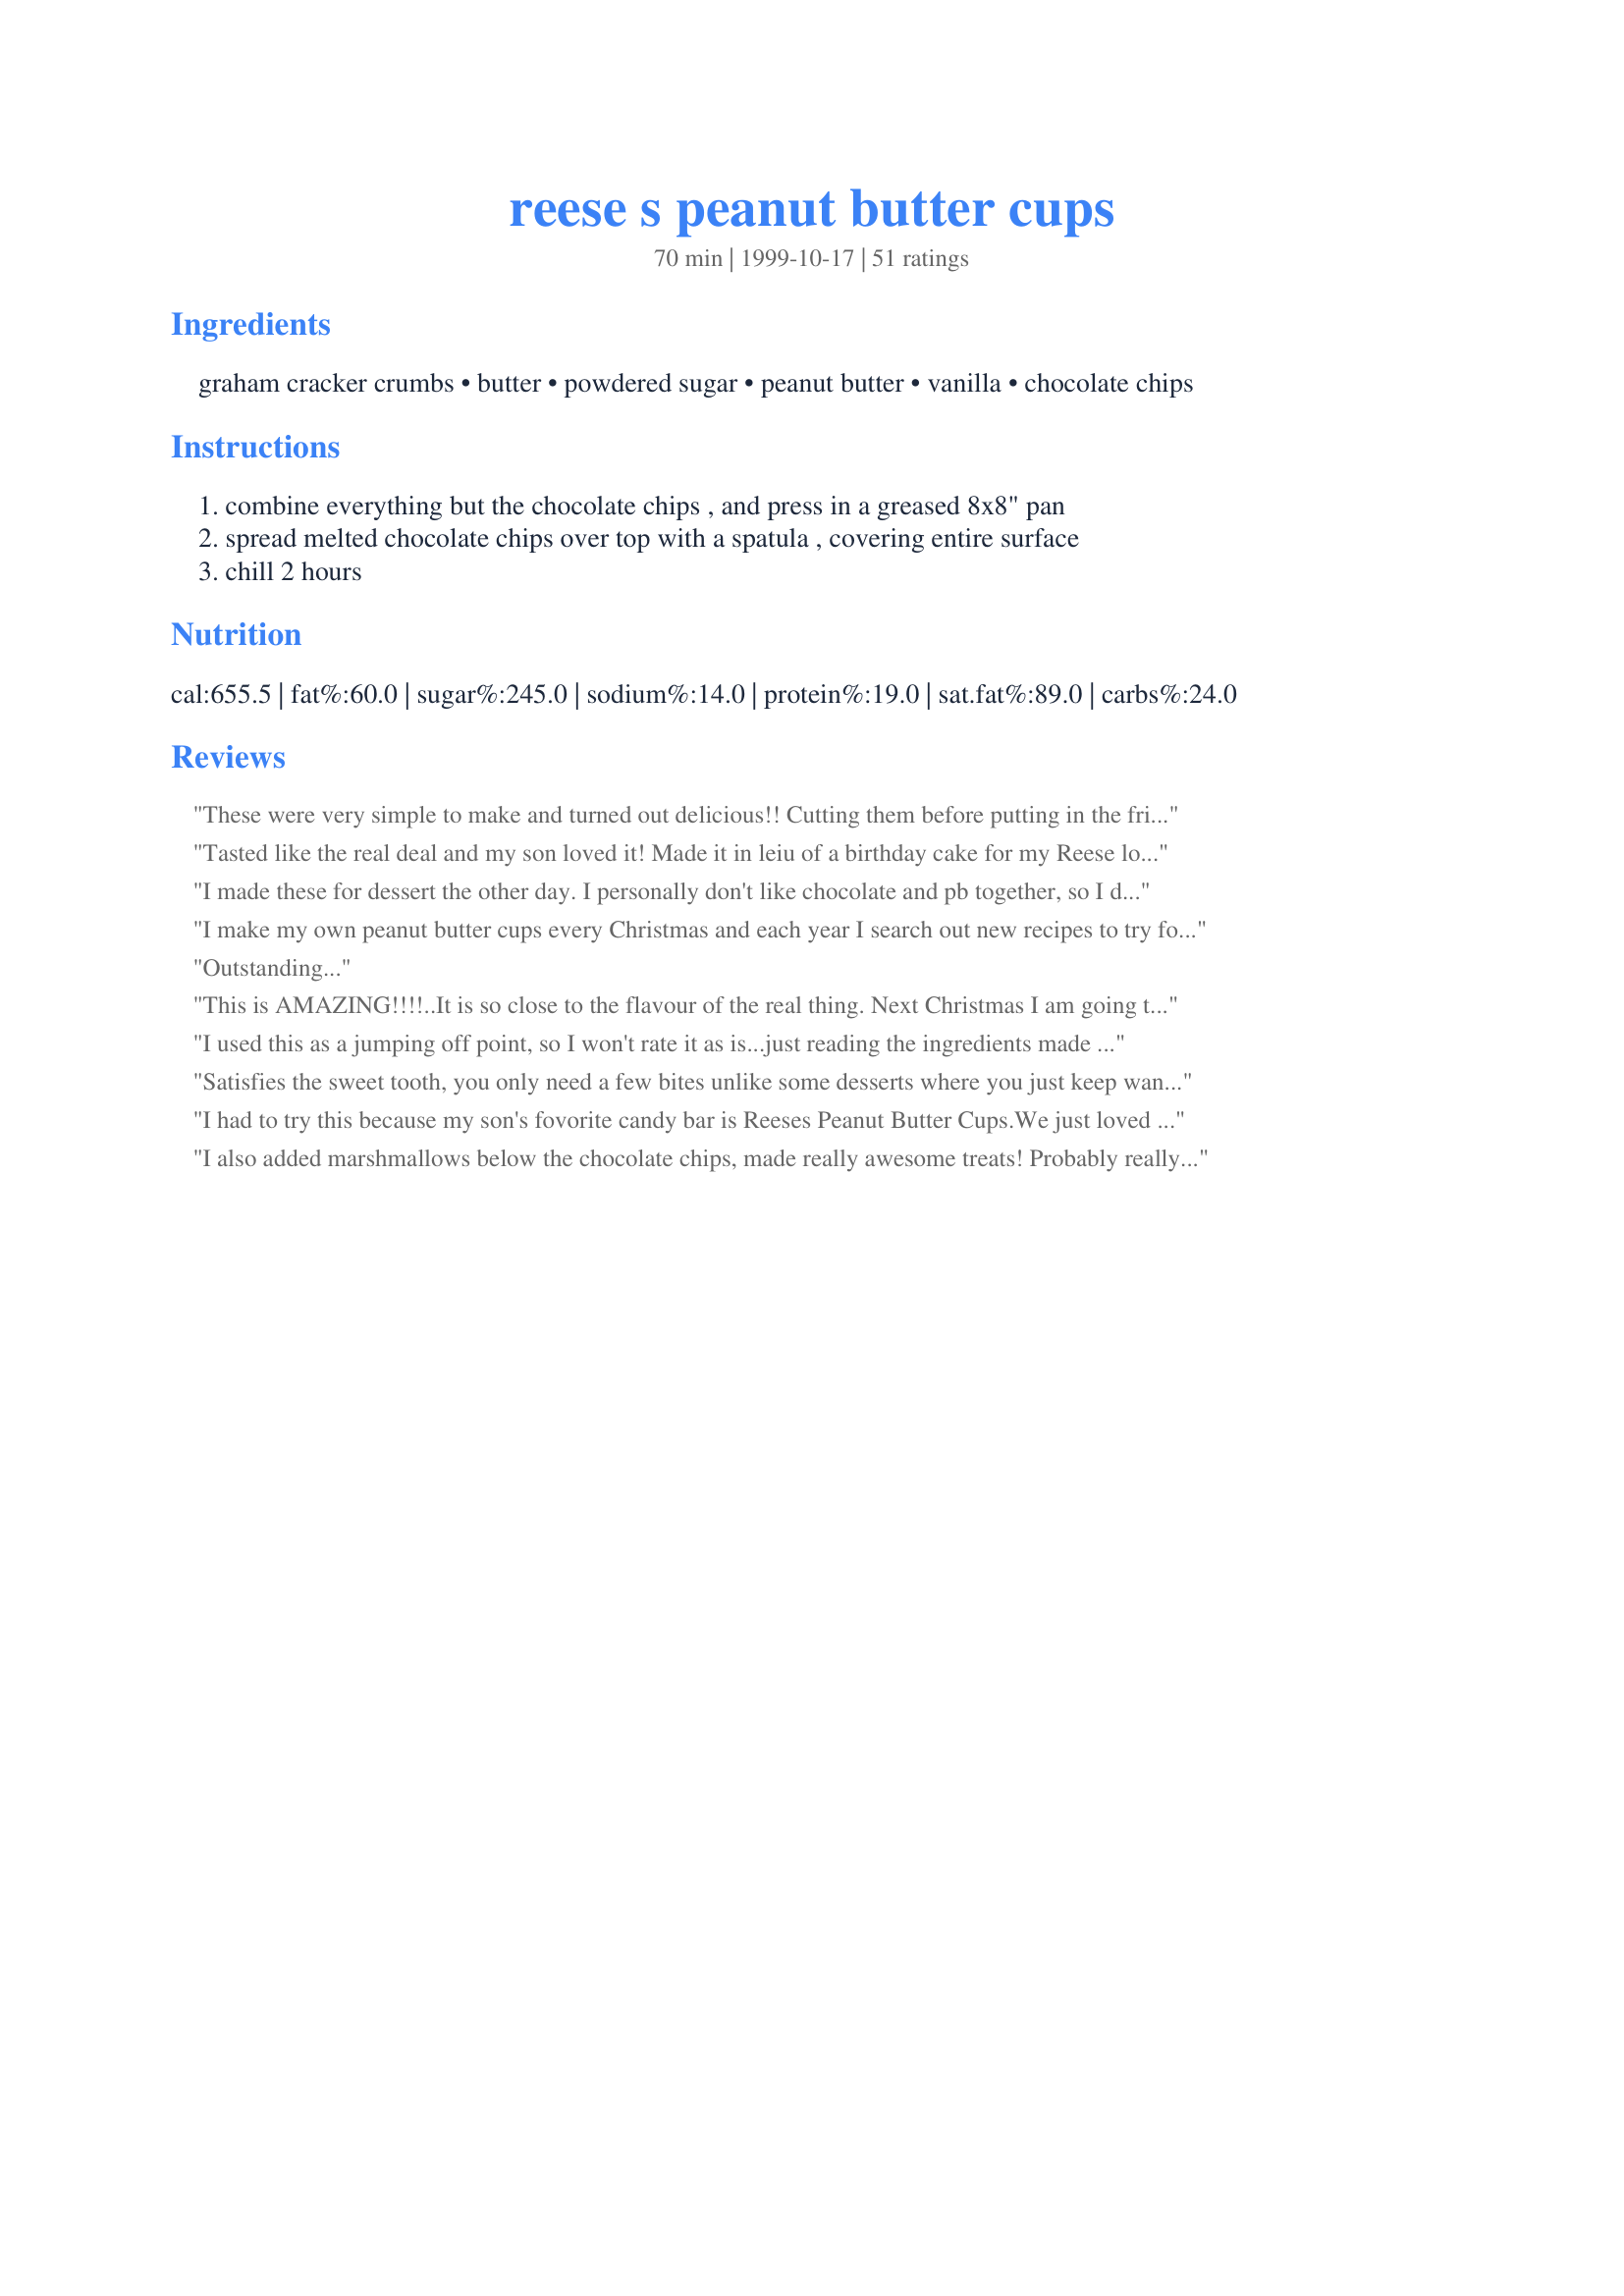
reese s peanut butter cups
Preparation time: 70 minutes

Ingredients:
graham cracker crumbs, butter, powdered sugar, peanut butter, vanilla, chocolate chips

Steps:
combine everything but the chocolate chips , and press in a greased 8x8" pan, spread melted chocolate chips over top with a spatula , covering entire surface, chill 2 hours

Reviews:
These were very simple to make and turned out delicious!! Cutting them before putting in the fridge to chill worked great. We doubled the recipe and made 32 in a 9x13" pan. Thanks Tonkcats!
Tasted like the real deal and my son loved it! Made it in leiu of a birthday cake for my Reese loving 5 year old. I used chocolate Graham crackers and not sure if it made a difference, but still yummy. Thanks!
I made these for dessert the other day. I personally don't like chocolate and pb together, so I didn't taste them. My mom said they were delectable though and DH's friend said they tasted just like a Reese's PB Cup. They were pretty easy to make, the only complaint I have, and the reason for only 4 stars, was that they were so hard to cut. I was only able to salvage a few because when I tried to cut them the chocolate "shattered". I'm not sure how to cure that. Next time I make these I might try to put them in mini muffin cups to avoid the broken chocolate. Thanks for posting!
I make my own peanut butter cups every Christmas and each year I search out new recipes to try for the filling. Well, my search is over. This filling is great!! It's the texture and taste I've been looking for. I made the peanut butter filling exactly as listed, but if you don't like things that are super sweet, you might consider decreasing the amount of powdered sugar. Thanks Tonkcats for posting this and ending my search! :)
Outstanding...
This is AMAZING!!!!..It is so close to the flavour of the real thing. Next Christmas I am going to try them in cups as suggested.
I used this as a jumping off point, so I won't rate it as is...just reading the ingredients made my teeth start aching!!! What I did:
1 cup graham crumbs
1 cup peanut butter
1/3 butter, melted
2/3 cup powdered sugar
2 bars bittersweet chocolate melted and spread on top. I liked my version of ingredients...
Satisfies the sweet tooth, you only need a few bites unlike some desserts where you just keep wanting more. Will reduce amount of powdered sugar and chocolate and increase pb next time for a more pb taste (my own personal preference) and to help combat the slight crumbliness. Put leftovers in freezer for a cold treat later!
I had to try this because my son's fovorite candy bar is Reeses Peanut Butter Cups.We just loved it.My son also gives it 5 stars.Thanks Tonkats.
I also added marshmallows below the chocolate chips, made really awesome treats! Probably really fattening, probably really bad for you, rot your teeth out, etc. But, yum yum good! If you put them in the refrigerator though, they are hard to cut.
These are a great recipe. I cut the sugar down to 1 1/2 cups. These are really close to the real thing. My husband loves them.
OH YUM! These were wicked good. My long time favs...chocolate in my peanut butter/ peanut butter in my chocolate :) I used chunky honey nut peanut butter, cinnamon flavored grahams and just under 1.5 cups of sugar. After chilling, I cut them into about a dozen small squares. I am keeping them in the fridge but they are disappearing fast. A yummy candy recipe - I think better then the real thing! :) Thanks Toncats!
These were very good. My pan was a 9x9 square which worked well for having a similar chocolate to filling ratio to actual peanut butter cups. I think the serving size on this is way off though. It says serves 6 and we cut it into 16 squares and found that to be plenty with how sweet they are. But they do taste like the real thing, only maybe a little sweeter.
These were amazingly good peanut butter cups, as good as if not better than the real thing.

I noticed a lot of people complained about them being too sweet. So after comparing similar recipes, I decided to cut down the sugar to a little less than 1.25 cups which gave it the perfect sweetness. I used Skippy natural peanut butter and a little more than a cup of Hershey's milk chocolate chips.

The only problem I had was the peanut butter filling got stuck to the bottom of the pan making it difficult to scoop out the bars without mangling them. Next time, I will use cupcake wrappers to eliminate this problem and make them more like actual peanut butter cups.
Pretty tasty. Although, I found it on the sweet side. I would suggest reducing the icing sugar to a 1 1/2 cups or even a cup depending on the sweetness you prefer.
This was fairly easy to make, although I had trouble getting my chocolate chips to get to the right consistency to spread easily which then made it more difficult to cut. This does taste like a Reese cup filling and is really good but rich! Agree with one of the former comments that a much smaller portion is plenty due to the rich flavor. Delicious!
I work at a summer camp for kids and at first I was hesitant to make these because I wasn't sure if they would get tired of the sweetness of them...let me tell you-they LOVED them! I made 3 batches of 36 bars and every single one of them was gone by the end of the day. In fact before leaving work I still heard kids asking me if I had any more and one child even asked me if he could lick the spoon!!! Needless to say, if you like Reeses you will love these excellent copycats. They are a bit sweet though, so have plenty of milk:-)
Made these for my fiance's law firm - they loved them. Have been asked several times for the recipe. Was impressed by how fast and easy they are to make.
Very yummy. The only issue I had was cutting it up, and the chocolate didn't stick well to the pb mix. <br/>But my little brothers loved it :)
These taste just like the real thing!! Yum!
I was very happy with these and with the ease and quickness of making them. It was great to have my three year old be able to help me. They did turn out crumbly, but I am hoping next time I make them they will turn out better if I get some creamy peanut butter because I only had crunchy. If it wasn't for dh hauling them off to work, I wouldn't be able to stay out of them. Ty for a tasty little treat!
My kids really liked these, and they sort of do resemble Reeses. Less sugar taste and maybe a few finely minced peanuts would make it better.
I made a 2 serving batch which has been plenty since it's so rich that smaller servings are just fine.
i love the taste, my DH and his friend are Reeses lovers and I brought a ball of the filling out to them and there eyes light up and they freaked out. They said it tasted just like PB cups!

And after I dipped them in chocolate, I was told that I had out done Hershey!
These are great. I needed something easy when I was in a time crunch tonight. We were having a family over for dinner and family night, and I needed a dessert. This took me a total of 10 minutes, at most to make, and everyone raved over it. Tasted better than peanut butter cups, IMHO. Thanks so much.
SO easy to make and enjoyed by myself & my son. I had to break into pieces but that was fine with me. Thanks for sharing!
I make this same recipe, but instead of making bars, I roll the mixture into balls. IT takes a little more time, but looks very impressive.
My 15 y/o DD had been bugging me to make these - we had made a similar recipe years ago that we found in a kids cook book. We made them last week when she had some friends over and everyone loved them. She just finished the last piece yesterday, so she and I made another batch today. This time I added 1 full cup of PB and melted about 1 1/2 cupds chocolate chips in about a 1/4 cup of heavy cream. Haven't tried the finished product yet, but I thought the last batch needed a little more PB and she thought they needed more chocolate. We'll see how these taste!
These are fantastic!!!! After I mix the peanut butter part together I chill the dough, take my melon ball scoop and make them into peanut butter balls. I then chill them again and dip the balls in the chocolate much easier (for me anyways;-) then cutting them into squares. It's also much easier for portion control too! Either way you wouldn't be sorry you made these. If you're a Reese's lover, as I am, you'll be in heaven. So what are you waiting for? Go get busy.
Kids loved these. There was no baking just mixing involved. I found that I needed to add a little extra peanut butter to get things to hold together better but that was my fault as I added about 1/4 cup extra graham cracker crumbs, in order to finish the box.These were gone in no time. Thanks for such an easy and tasty recipe.
This is a very easy recipe and even though it isn't EXACTLY like a Reese's, it's as close as I've found. Thanks for a really DEE..LISH recipe.
I make these all the time. I have found that it's best to use JIF peanut butter instead of the natural kind because it's stiffer/thicker. It's also better to use chocolate graham crackers. I find that using those two are important in making it tastes much like Reeses but also the texture holds up better. If anyone is having issues with their chocolate being too 'chocolately' simply melt a TB of peanut butter with it. Also, its fun to get creative with these. I've tried them in various shapes and sizes. One of my favorite, super easy treats!
This was very yummy! I used the recipe to get rid of some extra graham cracker crumbs and had to get creative with the chocolate topping (candy bars, etc.) since we had no chocolate chips! It was great and everybody loved it!
Very good! 

I did mine a little different. I melted the chocolate chips and spread on the bottom and sides of a pie tin...(freeze) then spread on the peanut buttery goodness and then melted another round of chocolate chips and spread. A giant peanut butter cup!

Also, next time i'll definitely use dipping chocolate instead of chocolate chips.
This was a very good recipe, won the whole family over !!!!
I am not a fan of Reeses Cups but liked this as did the kids. It is really sweet cut the pieces small! I refrigerated the pan so the chocolate would set up faster (it's 90+ degrees here and there is no sir conditioning:) I did cut them before putting in the refrigeratorso the chocolate wouldn't crack. These are good and I will definately be making them again:)
This was a great recipe for making PB cups! I did adjust the recipe a little, as I wanted something a bit more pure in peanut butter taste. I used 1 cup powdered sugar, 1 cup creamy PB and cut the butter down to 1/4 cup. For the chocolate I used a blend of Ghiradelli candy coating and Callebaut milk chocolate.

To make PB cups-
1)) spoon a line of PB mix onto sheets of wax paper and roll into a skinny uniform log, about 3/4 inches in diameter and freeze.
2)) Meanwhile line a mini muffin tin with #4 or #5 size brown candy cups. Pipe or spoon just enough chocolate to cover the bottoms, then shake the pan a little to smooth out evenly.
3)) Chill chocolate pan for 10 minutes in the fridge or until hard.
4)) Cut 1/2 inch slices from PB log, place on top of hardened chocolate in candy cups, then fill the rest of candy cup with melted chocolate. Shake pan a little to even out chocolate and chill.
I made them like real peanut butter cups. I put 8 mini choc chips in bottom of mini muffin tins. Melted them and spread on bottom. Chilled to set. Mixed filling and put evenly into cups. Chilled again. Put melted choc ontop and chilled again. Took to work and they were a huge hit. These will be on my xmas candy list for sure!!
My 11 yr old daughter makes a version VERY similar but simpler in instructions (mostly by pkg - not measured). Hers reads: 2 pgs Gram Crackers, 1 box Pwd Sugar, 2 cubes melted Butter, 1.5 cups PB & 2 bags Milk-Choc Chips. (13x9" pan) 
She said she never tried adding vanilla but will next time.
This is definately a family favorite!
By the time I finished with it I thought it was at least four stars, but I had a great deal of trouble with the bottom part. The first time I made it, the bottom was a big crumbly mess. I had to pry the chocolate off, melt more butter and add it to the bottom mixture, remixed it up and re-pressed it back into the dish, I scraped the dry bits off the back of the chocolate I pried off, remelted it and re-spread it. After all that, they were really good, and went like wild fire at the office.
Mmm! These are SO delicious! THe only difference I did was double the chocolate! They are far better than reeses.
Lovely. And easy, too. I weighed all the ingredients except the graham cracker crumbs and vanilla, using 4 oz butter, 8 oz powdered sugar, 6 1/2 oz peanut butter and 6 oz milk chocolate. I can't wait to teach my daughter this one.
WOW! I figured this was gonna be good but never expected it to be this good! This is absolutely the closest thing to genuine Reese's peanut butter cups that I have tasted. The only change I made to the recipe was to put a thin layer of melted chocolate on the bottom of the 8X8 pan. Thanks for a great recipe!
This was a nice recipe using things I had on hand. With Easter just around the corner, I made mine into egg shapes instead of bars. I made some slight variation as follows: First I made the peanut butter mixture, formed into eggs and froze till firm- then I quickly coated with chocolate. For the chocolate, I used 1 1/4 cup chips + 2 teaspoons of Crisco in order to form a smooth, glossy coating for my eggs. I then let the coated eggs cool overnight. Note, about 10 graham cracker squares (or about 5 whole crackers) equal 1 cup of crumbs. This one is worthy of an Easter Basket- Very rich, but oh so yummy!
This is the best recipe yet for these type of no bake peanut butter treats. Let me tell you that they are made even more scrumptious by using ? cup crushed pretzels and ? cup graham crackers. The salt that the pretzel offers is unrecognizable as salty but greatly intensifies the peanut butter flavor of these delicious treats. The pretzels for lack of a more creative or better word make the recipe taste so much more &quot;peanut buttery&quot; rather than just super sweet with an identifiable peanut butter taste. Also the texture is markedly improved by using pretzels making still a sticky but somehow also flakey product . Note - just adding salt to the recipe does not create the same flavor and texture as the actually addition of pretzel. Also FYI I wanted to make knock off PB eggs for Easter or at the very least a tray of &quot;truffles&quot;. I have been unable to shape or form any similar recipe for peanut butter cups until I found this one- and they taste and look great - BUT I did find that there is a method. First I used a combo of 2/3 cup salted pretzels crumbs and 1/3 cup graham crackers-added all the dry together first and mixed well. Then I mixed in the peanut butter first with a spoonula then with clean hands- I added the melted butter last incorporated with my hands. I was left with the perfect texture to create egg shapes, truffles, or press into molds. Fantastic !!
These were pretty good! I only used 2/3 c powdered sugar and 1 c of p.b. as someone else suggested and WOW...they were sweet. Can't imagine what they'd have been like had I used all the sugar it called for! Definitely a treat for the sweet tooth!
This is my standby favorite for parties & Christmas gifts & exchanges, because it's so fast and easy! I have made these lovely darlings several times for groups large and small. They are usually the first to disappear, and fans invariably ask for the recipe. It's the texture produced by the graham cracker crumbs that really gives the mouth-feel of a Reese's Cup. Of course, the flavor is fabulous! They are extremely rich, so are best cut in small pieces. The chocolate topping does tend to crack if it is chilled too long (I've made the mistake of chilling overnight before cutting) so Tonkcats' 2 hour chill time is a good guideline to follow. Excellent contribution Tonkcats - thanks!!
Excellent! I took smltheppl's advice and decreased the amount of powdered sugar... I used 1 1/3 cups and the result was fabulous! I also would recommend unsalted butter. Way to go Tonkcats!!!
Yummy! I used this peanut butter filling to make peanut butter cups. I changed the recipe a bit according to what I read in ratings-- I upped the peanut butter to 1 cup, and only added a cup of sugar, especially since the peanut butter I was using was organic unsalted. The graham cracker crumbs were an unexpected nice touch; they gave the mixture a really nice texture. Thanks for a great recipe!
Mmmmmm! I think I have a new favorite dessert! The base turned out a little crumbly, but that may have been because I failed to mix it sufficiently in my impatience to taste it. I used natural peanut butter and semi-sweet chocolate chips. I may try a mixture of semi-sweet chocolate and butterscotch the next time.
Yes, these are super good. Make them once, and you will crave them forever...
Thank to Mianbao to for bring this recipe to my attention!!! These are awesome! I made them exactly how the recipe stated and I WILL be making them again! :)
